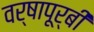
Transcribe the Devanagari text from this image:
वर्षापूर्बी